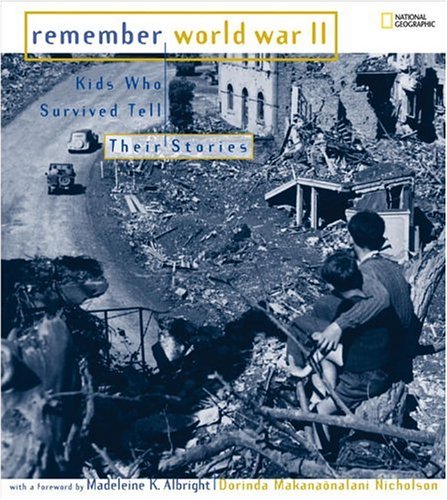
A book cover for Remember World War II: Kids Who Survived Tell Their Stories; Dorinda  Makanaonalani Nicholson; Children's Books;